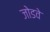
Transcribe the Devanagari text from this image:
जोडवे